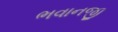
ભવાનજી